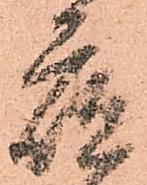
夜